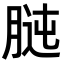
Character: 𦝊